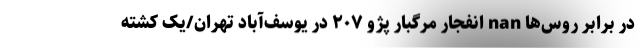
در برابر روس‌ها nan انفجار مرگبار پژو ۲۰۷ در یوسف‌آباد تهران/یک کشته